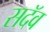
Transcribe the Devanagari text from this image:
सदॅव